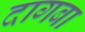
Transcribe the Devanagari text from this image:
दागबा